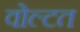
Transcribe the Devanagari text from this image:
वोल्टत